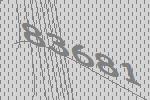
83681